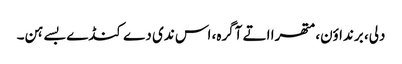
دلی، برنداؤن، متھرا اتے آگرہ، اس ندی دے کنڈے بسے ہن۔